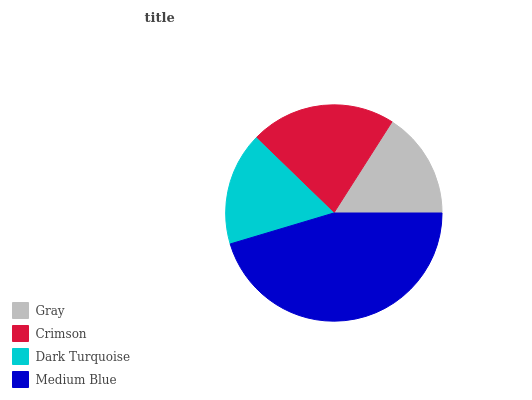
| Gray | Crimson | Dark Turquoise | Medium Blue |
 | --- | --- | --- | --- |
 | 15.9% | 21.8% | 16.9% | 45.4% |